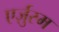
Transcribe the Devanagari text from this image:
एर्ज़ुरम